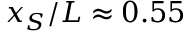
x _ { S } / L \approx 0 . 5 5